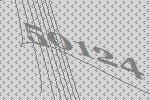
50124